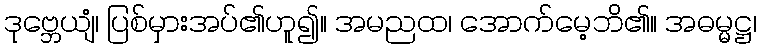
ဒုဗ္ဘေယျံ၊ ပြစ်မှားအပ်၏ဟူ၍။ အမညထ၊ အောက်မေ့ဘိ၏။ အဓမ္မဋ္ဌ၊